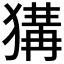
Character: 𤠰